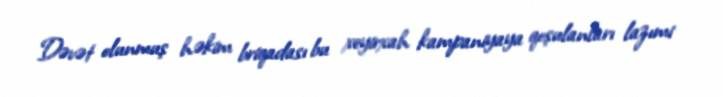
Dəvət olunmuş həkim briqadası bu xeyirxah kampaniyaya qoşulanları lazımi